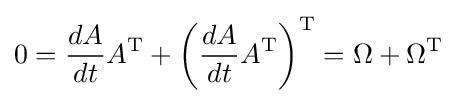
0={\frac {dA}{dt}}A^{\text{T}}+\left({\frac {dA}{dt}}A^{\text{T}}\right)^{\text{T}}=\Omega +\Omega ^{\text{T}}